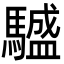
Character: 𩦝